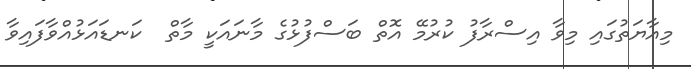
މިއާޔަތުގައި މިވާ އިސްރާފު ކުރުމޭ އޮތް ބަސްފުޅުގެ މާނައަކީ މާތް  ކަނޑައަޅުއްވާފައިވާ